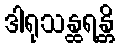
ဒါရုသန္ထရန္တိ